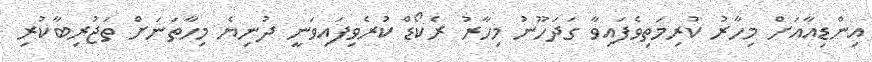
އިންޑިއާއަށް މިހާރު ކުރިމަތިވެފައިވާ ގަދަހޫނު މިހާރު ރެކޯޑް ކުރެވިފައިވަނީ ދުނިޔެ މިހާތަނަށް ތަޖުރިބާކުރި